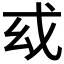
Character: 𢦙